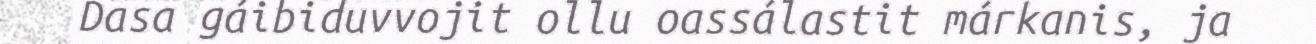
Dasa gáibiduvvojit ollu oassálastit márkanis, ja